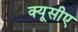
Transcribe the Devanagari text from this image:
क्यूसीए